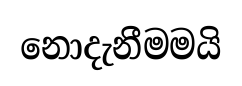
නොදැනීමමයි